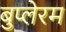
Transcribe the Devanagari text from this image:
बुप्लेरम